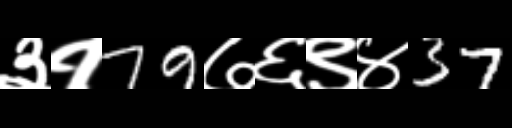
Text: ३१79७६९४37